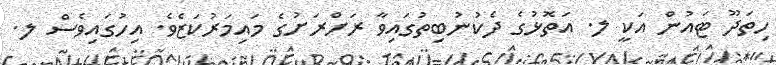
ހިތަދޫ ޓައުން އަކީ ލ. އަތޮޅުގެ ދެކުނުބިތުގައިވާ ރަށްރަށުގެ މައިމަރުކަޒެވެ. އިހުގައިވެސް ލ.